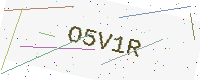
Text: O5V1R